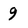
Character: 9